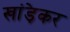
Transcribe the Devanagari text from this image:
खांड़ेकर